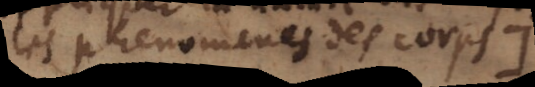
les phenomenes des corps.